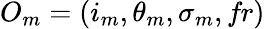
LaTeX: O_{m}=(i_{m},\theta_{m},\sigma_{m},\textit{fr})